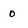
Character: 0